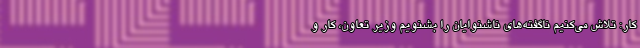
کار: تلاش می‌کنیم ناگفته‌های ناشنوایان را بشنویم وزیر تعاون، کار و